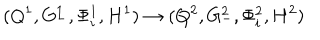
( Q ^ { 1 } , G _ { - } ^ { 1 } , \Phi _ { i } ^ { 1 } , H ^ { 1 } ) \rightarrow ( Q ^ { 2 } , G _ { - } ^ { 2 } , \Phi _ { i } ^ { 2 } , H ^ { 2 } )